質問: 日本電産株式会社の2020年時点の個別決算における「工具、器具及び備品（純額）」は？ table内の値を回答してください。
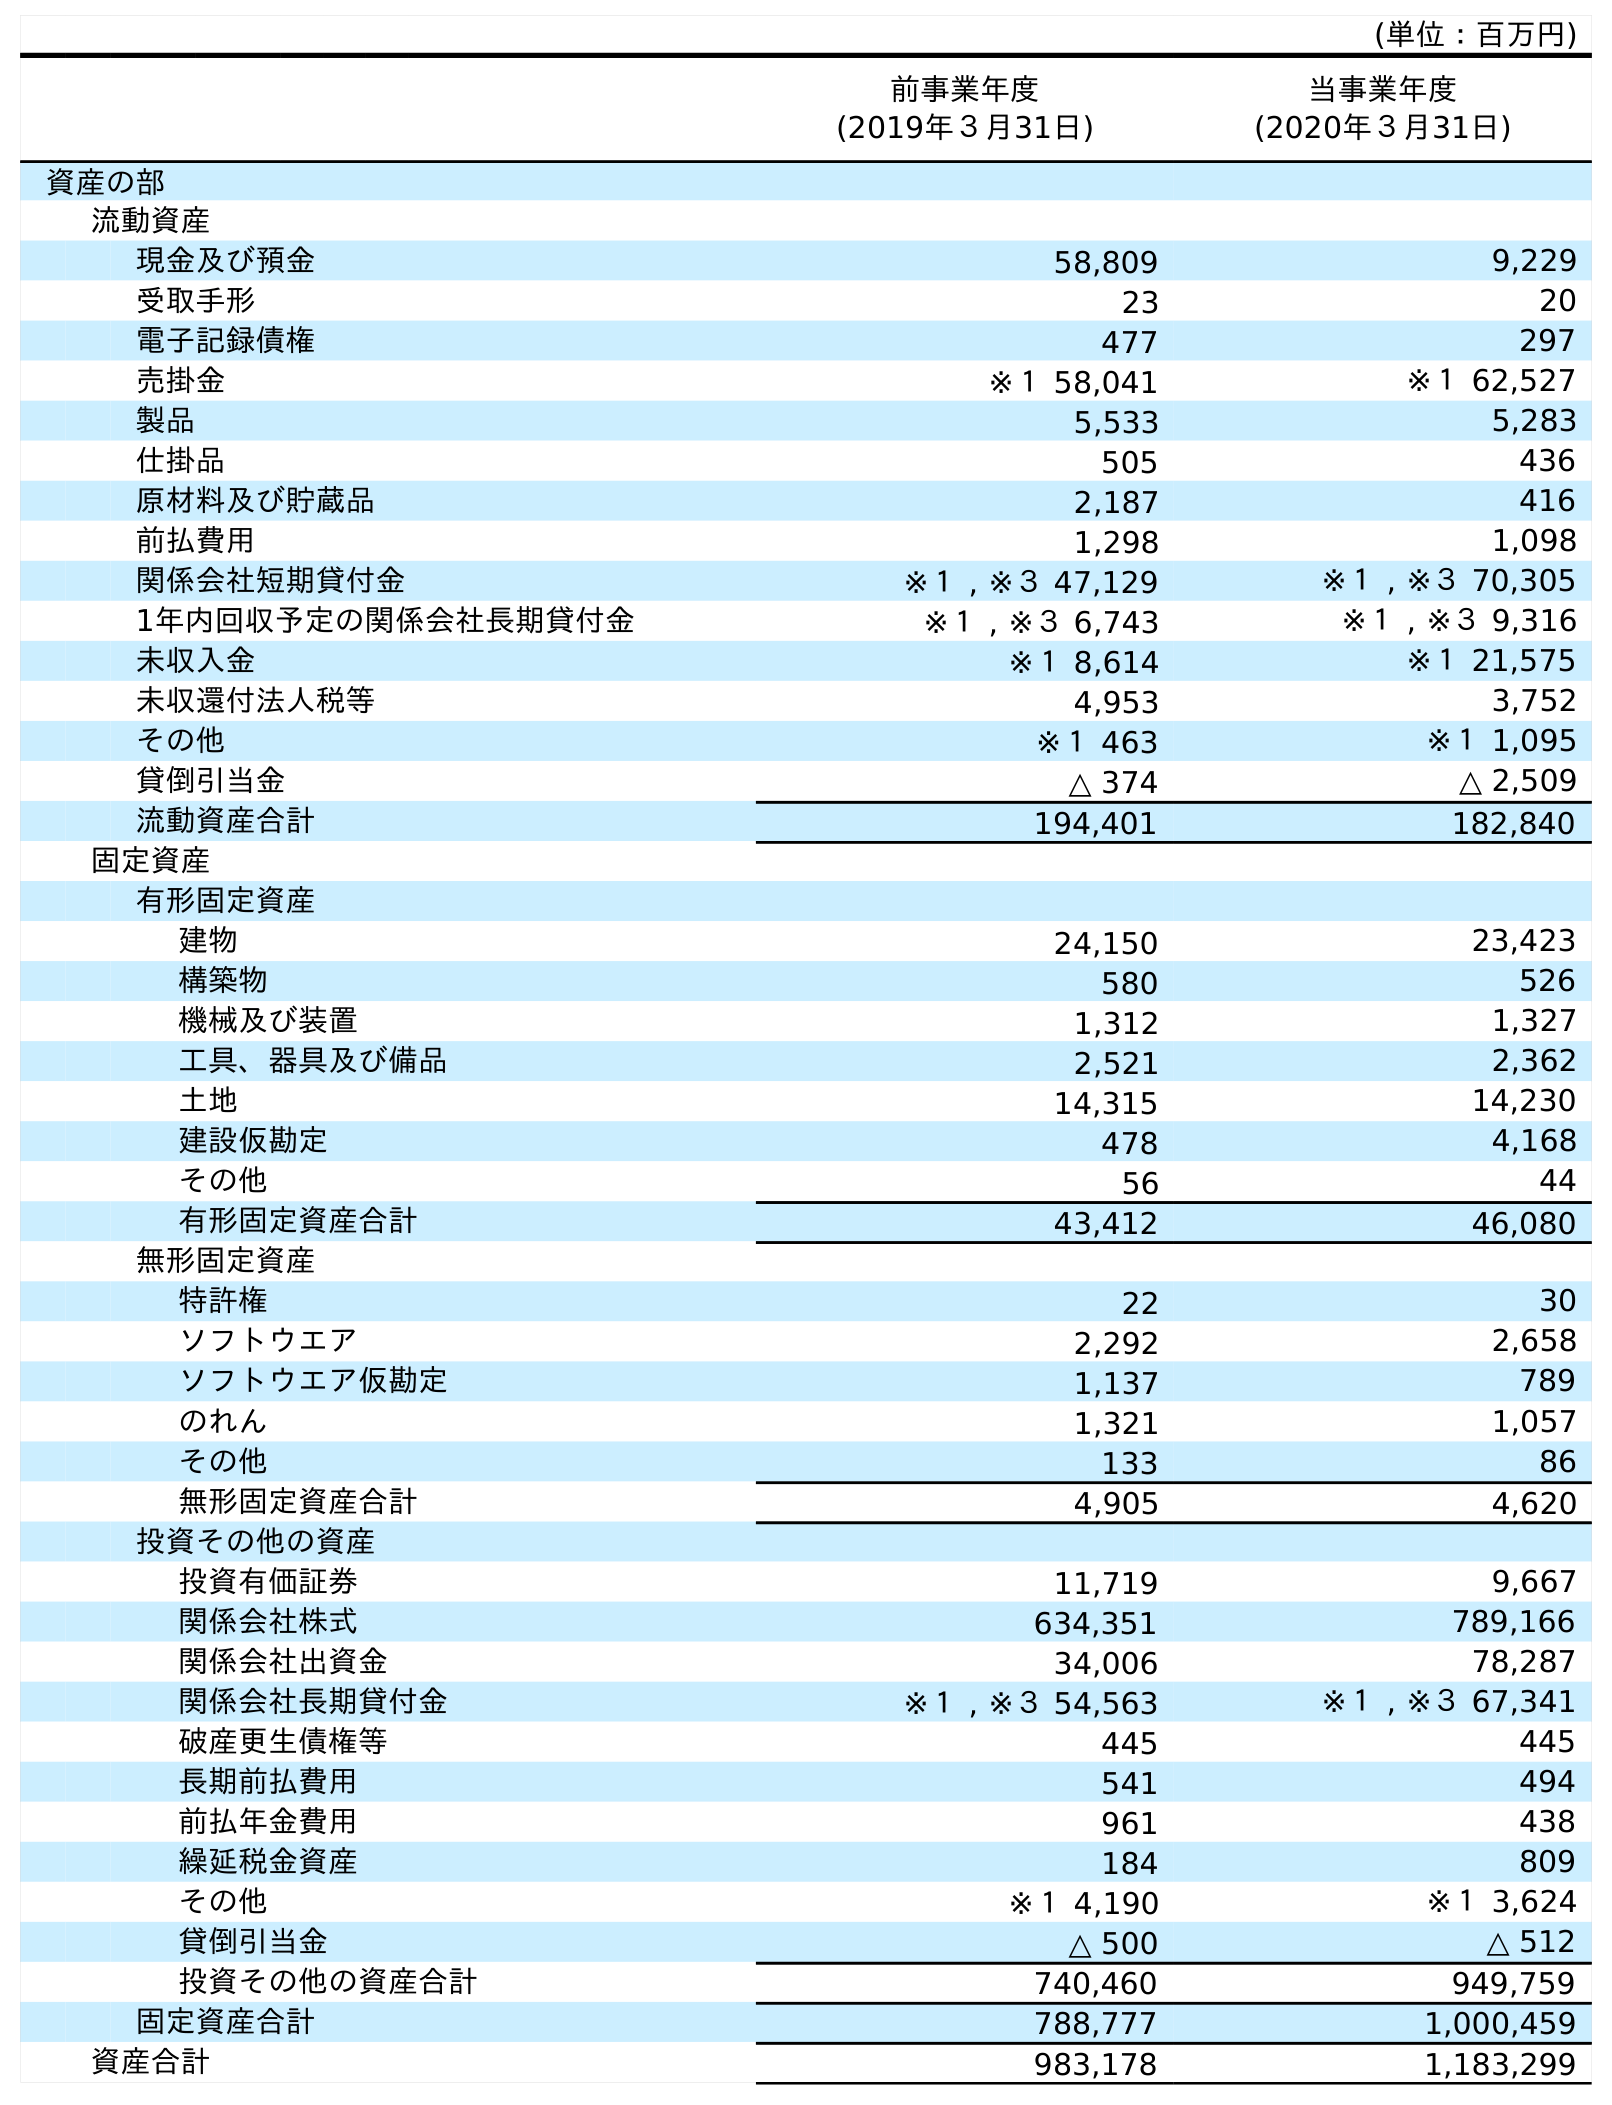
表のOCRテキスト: (単位：百万円) 前事業年度 (2019年３月31日) 当事業年度 (2020年３月31日) 資産の部 流動資産 現金及び預金 58,809 9,229 受取手形 23 20 電子記録債権 477 297 売掛金 ※１ 58,041 ※１ 62,527 製品 5,533 5,283 仕掛品 505 436 原材料及び貯蔵品 2,187 416 前払費用 1,298 1,098 関係会社短期貸付金 ※１ , ※３ 47,129 ※１ , ※３ 70,305 1年内回収予定の関係会社長期貸付金 ※１ , ※３ 6,743 ※１ , ※３ 9,316 未収入金 ※１ 8,614 ※１ 21,575 未収還付法人税等 4,953 3,752 その他 ※１ 463 ※１ 1,095 貸倒引当金 △ 374 △ 2,509 流動資産合計 194,401 182,840 固定資産 有形固定資産 建物 24,150 23,423 構築物 580 526 機械及び装置 1,312 1,327 工具、器具及び備品 2,521 2,362 土地 14,315 14,230 建設仮勘定 478 4,168 その他 56 44 有形固定資産合計 43,412 46,080 無形固定資産 特許権 22 30 ソフトウエア 2,292 2,658 ソフトウエア仮勘定 1,137 789 のれん 1,321 1,057 その他 133 86 無形固定資産合計 4,905 4,620 投資その他の資産 投資有価証券 11,719 9,667 関係会社株式 634,351 789,166 関係会社出資金 34,006 78,287 関係会社長期貸付金 ※１ , ※３ 54,563 ※１ , ※３ 67,341 破産更生債権等 445 445 長期前払費用 541 494 前払年金費用 961 438 繰延税金資産 184 809 その他 ※１ 4,190 ※１ 3,624 貸倒引当金 △ 500 △ 512 投資その他の資産合計 740,460 949,759 固定資産合計 788,777 1,000,459 資産合計 983,178 1,183,299
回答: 2,362